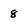
Character: 8